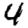
Digit: 4